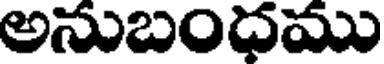
అనుబంధము